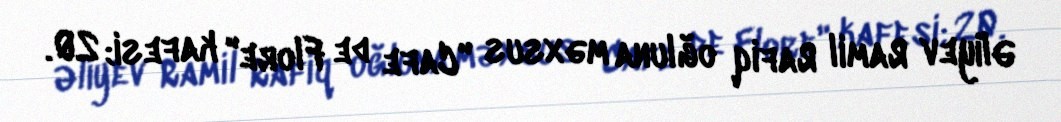
Əliyev Ramil Rafiq oğluna məxsus "Cafe de Flore" kafesi; 20.